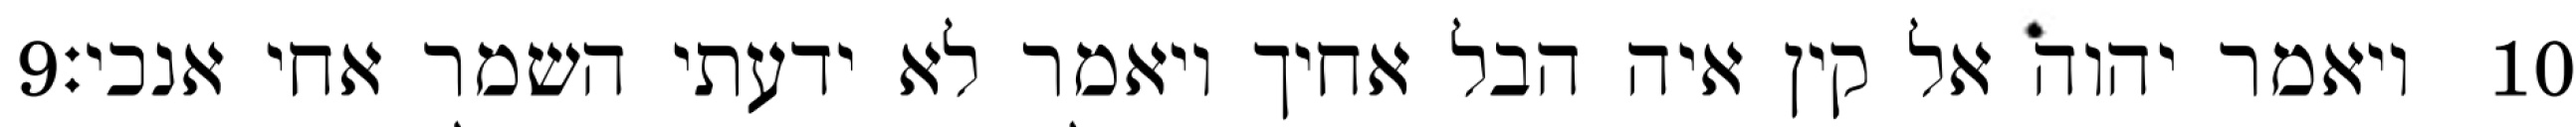
‎9‏ ויאמר יהוה אל קין איה הבל אחיך ויאמר לא ידעתי השמר אחי אנכי׃ ‎10‏